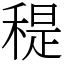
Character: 䅠